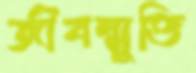
জীবন্মুক্তি